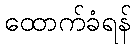
ထောက်ခံရန်